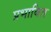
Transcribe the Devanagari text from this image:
प्रभाबित